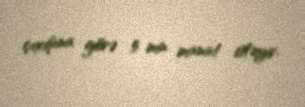
çıxışına görə 5 min manat istəyir.